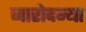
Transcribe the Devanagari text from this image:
नारोदन्या